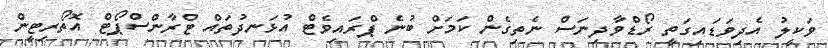
ވަކީލު އެދިވަޑައިގަތީ ރޯޑްވާދިނަސް ނެތިގެން ކަމަށް ބުނެ ޕްރައިވެޓް އުޅަނދުތައް ޓްރާންސްޕޯޓް އޮތޯރިޓީން